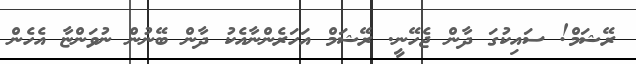
ރޭޝަމް! ސައިކުގަ ދާން ޖެހޭނީ. ރޭޝަމް އަހަރެންނާއެކު ދާން ބޭނުން ނުވަންޏާ އެހެން